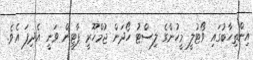
އިންތިހާބުގައި ވޯޓުލީ މީހުންގެ ލިސްޓު ހޯދަން ޖުމްހޫރީ ޕާޓީން ވަނީ އެދިފަ އެވެ.